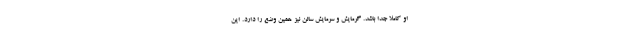
او کاملاً جدا باشد. گرمایش و سرمایش سالن نیز همین وضع را دارد. این